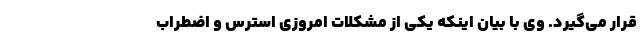
قرار می‌گیرد. وی با بیان اینکه یکی از مشکلات امروزی استرس و اضطراب